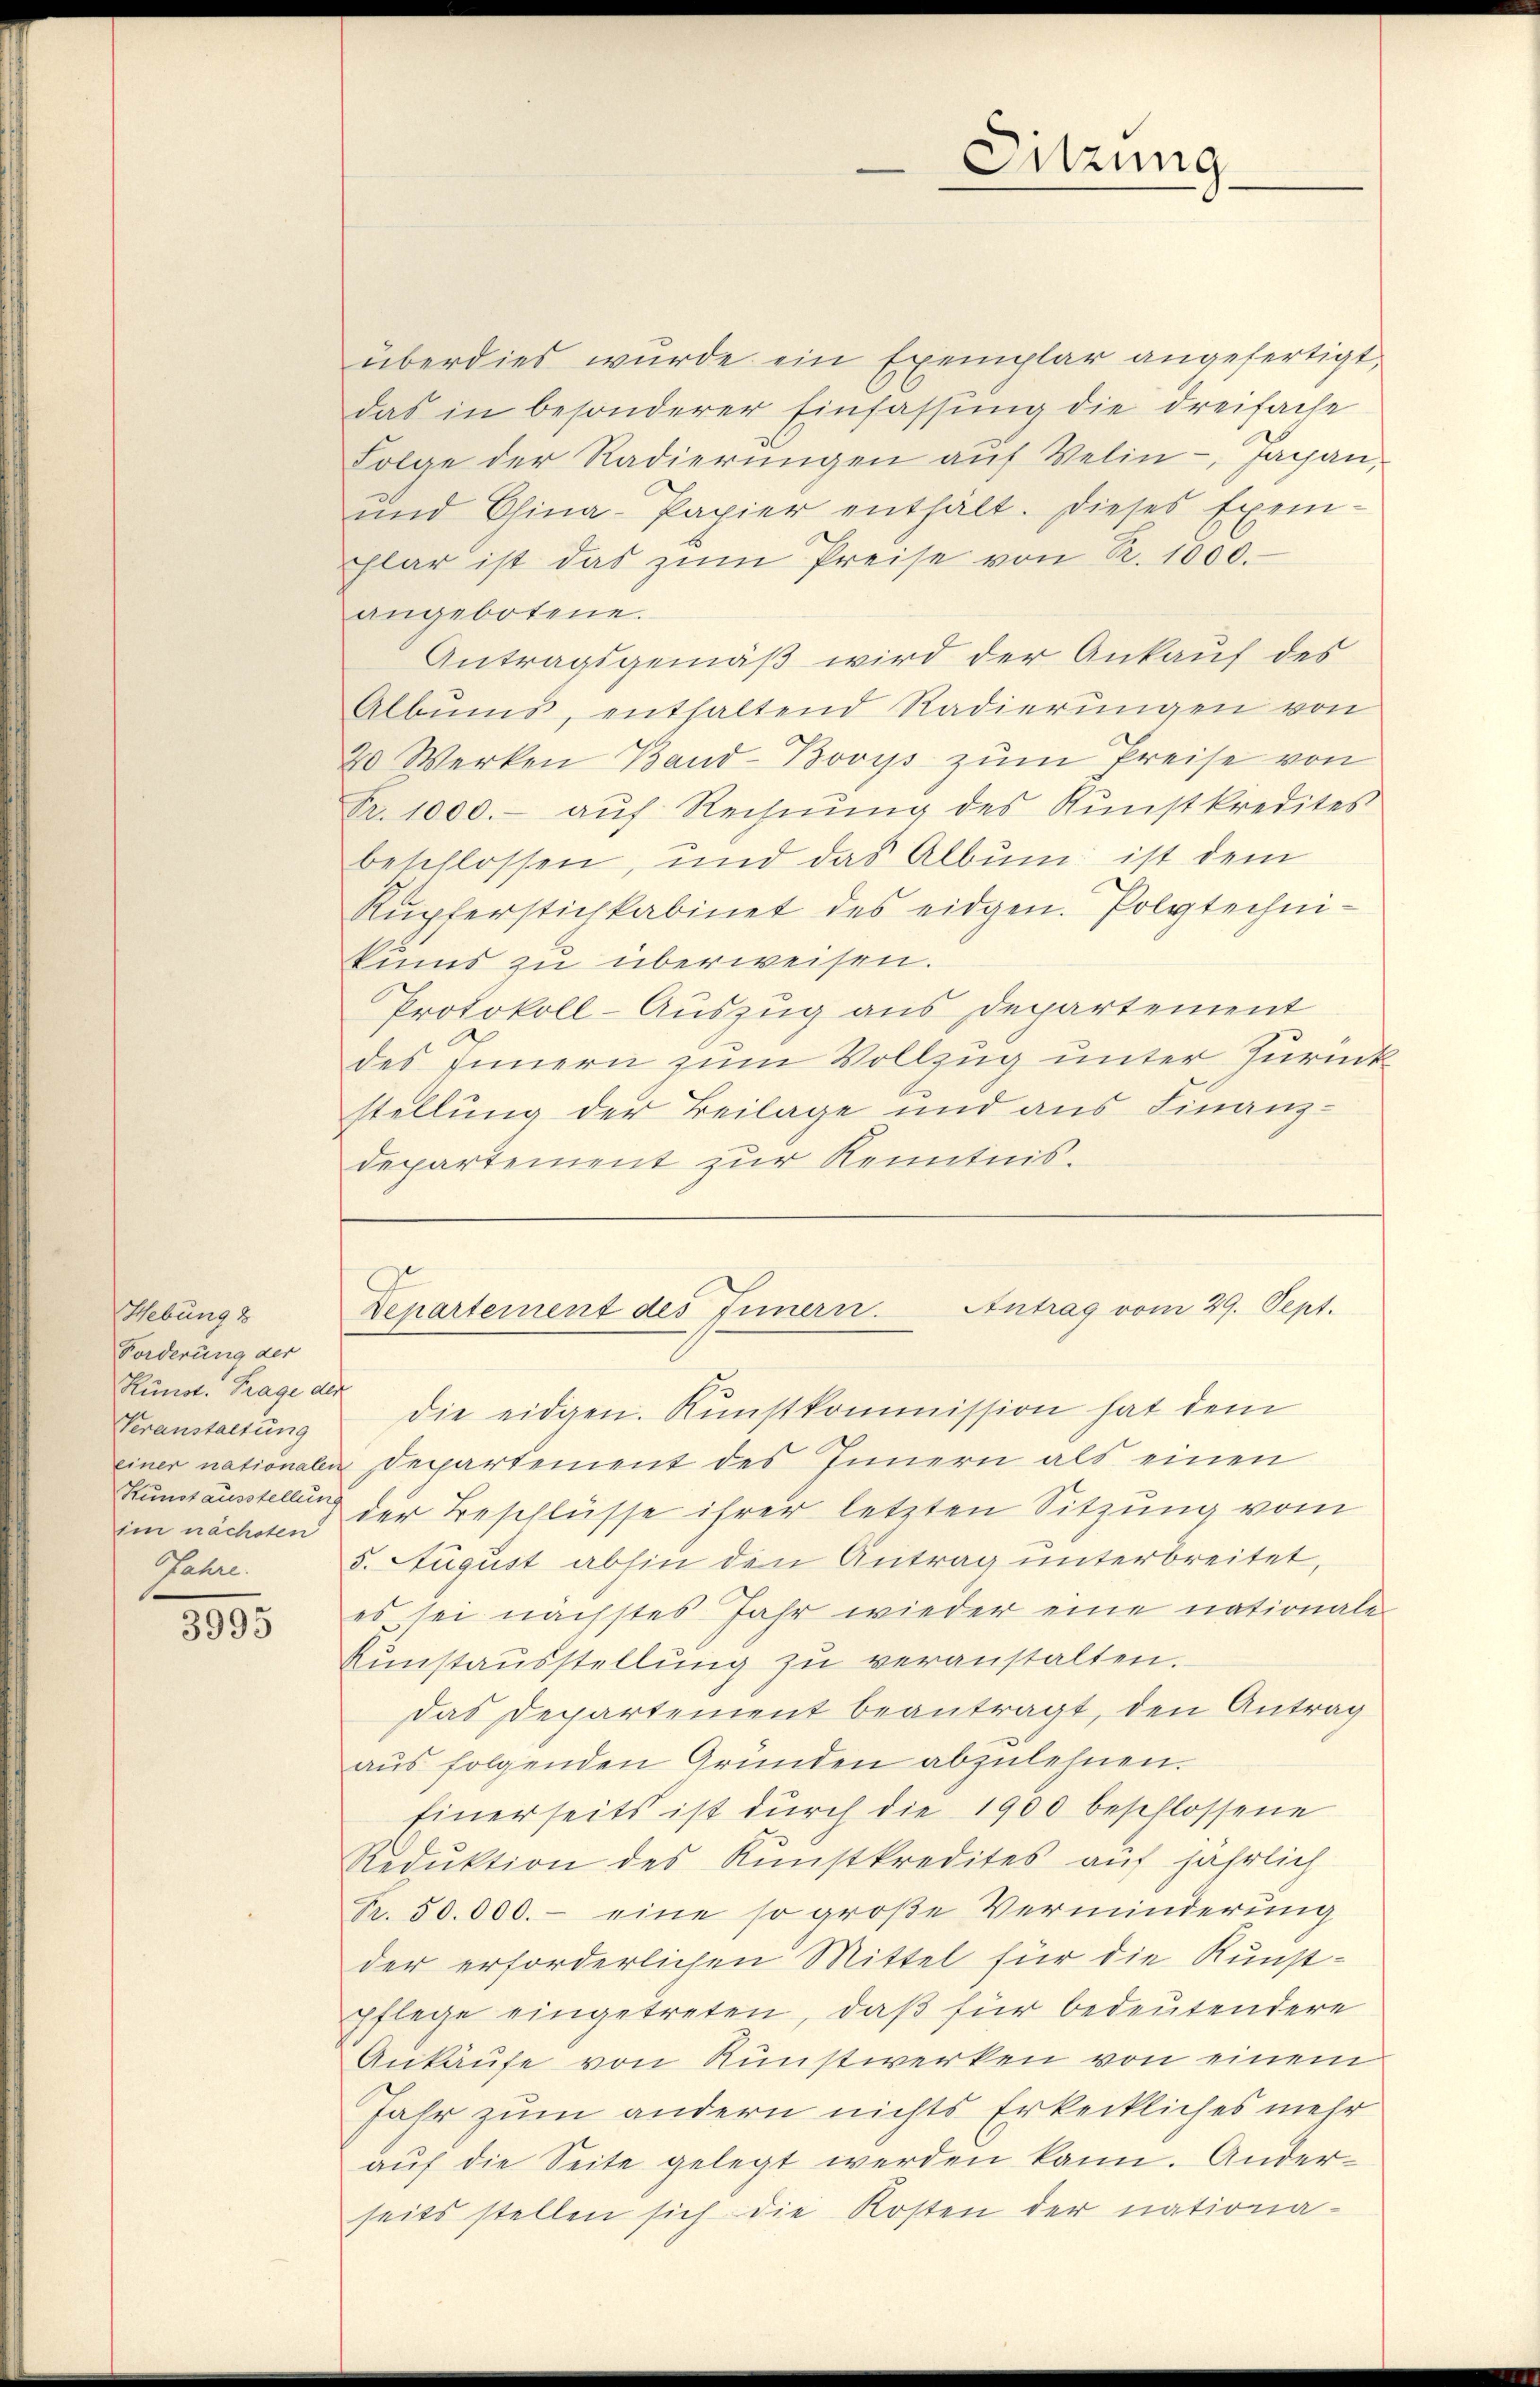
Hebung 8
Forderung der
Kunst. Frage der
Veranstaltung
Kunstausstellung
Jahre.

3995

überdies wurde ein Exemplar angefertigt,
das in besonderer Einfassŭng die dreifache
Folge der Radierŭngen aŭf Velin - Japan,
und China-Papier enthält. Dieses Exem-
flar ist das zŭm Preise von R. 1000.
angebotene.
Antragsgemäß wird der Ankauf des
Albŭms, enthaltend Radierungen von
20 Werken Band-Bovys zum Preise von
Fr. 1000.- aŭf Rechnŭng des Kŭnstkredites
beschlossen, und das Albŭm ist dem
Rupferstichkabinet des eidgen. Polytechnikums zu überweisen.
Protokoll-Auszug aus Departement
des Innern zum Vollzug unter Zurück
stellung der Beilage und aus Finanzdepartement zur Kenntnis.

die eidgen. Kunstkommission hat dem
einer nationalen Departement des Innern als einen
im nächsten der Beschlüsse ihrer letzten Sitzung vom
5. August abhin den Antrag unterbreitet,
es sei nächstes Jahr wieder eine nationale
Gŭnstaŭsstellŭng zŭ veranstalten.
das Departement beantragt, den Antrag
aŭs folgenden Gründen abzulehnen.
Einerseits ist durch die 1900 beschlossene
Reduktion des Kŭnstkredites aŭf jährlich
Fr. 50.000.- eine so große Verminderung
der erforderlichen Mittel für die Kunstpflege eingetreten, daß für bedeutendere
Ankäufe von Runstwerken von einem
Jahr zum andern nichts Erkeckliches mehr
aŭf die Seite gelegt werden kann. Anderseits stellen sich die Kosten der nationa¬

Sitzung

Departement des Innern. Antrag vom 29. Sept.